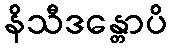
နိသီဒန္တောပိ